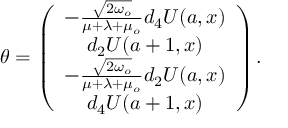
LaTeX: \theta = \left( \begin{array} { c } { { - \frac { \sqrt { 2 \omega _ { o } } } { \mu + \lambda + \mu _ { o } } d _ { 4 } U ( a , x ) } } \\ { { d _ { 2 } U ( a + 1 , x ) } } \\ { { - \frac { \sqrt { 2 \omega _ { o } } } { \mu + \lambda + \mu _ { o } } d _ { 2 } U ( a , x ) } } \\ { { d _ { 4 } U ( a + 1 , x ) } } \end{array} \right) .